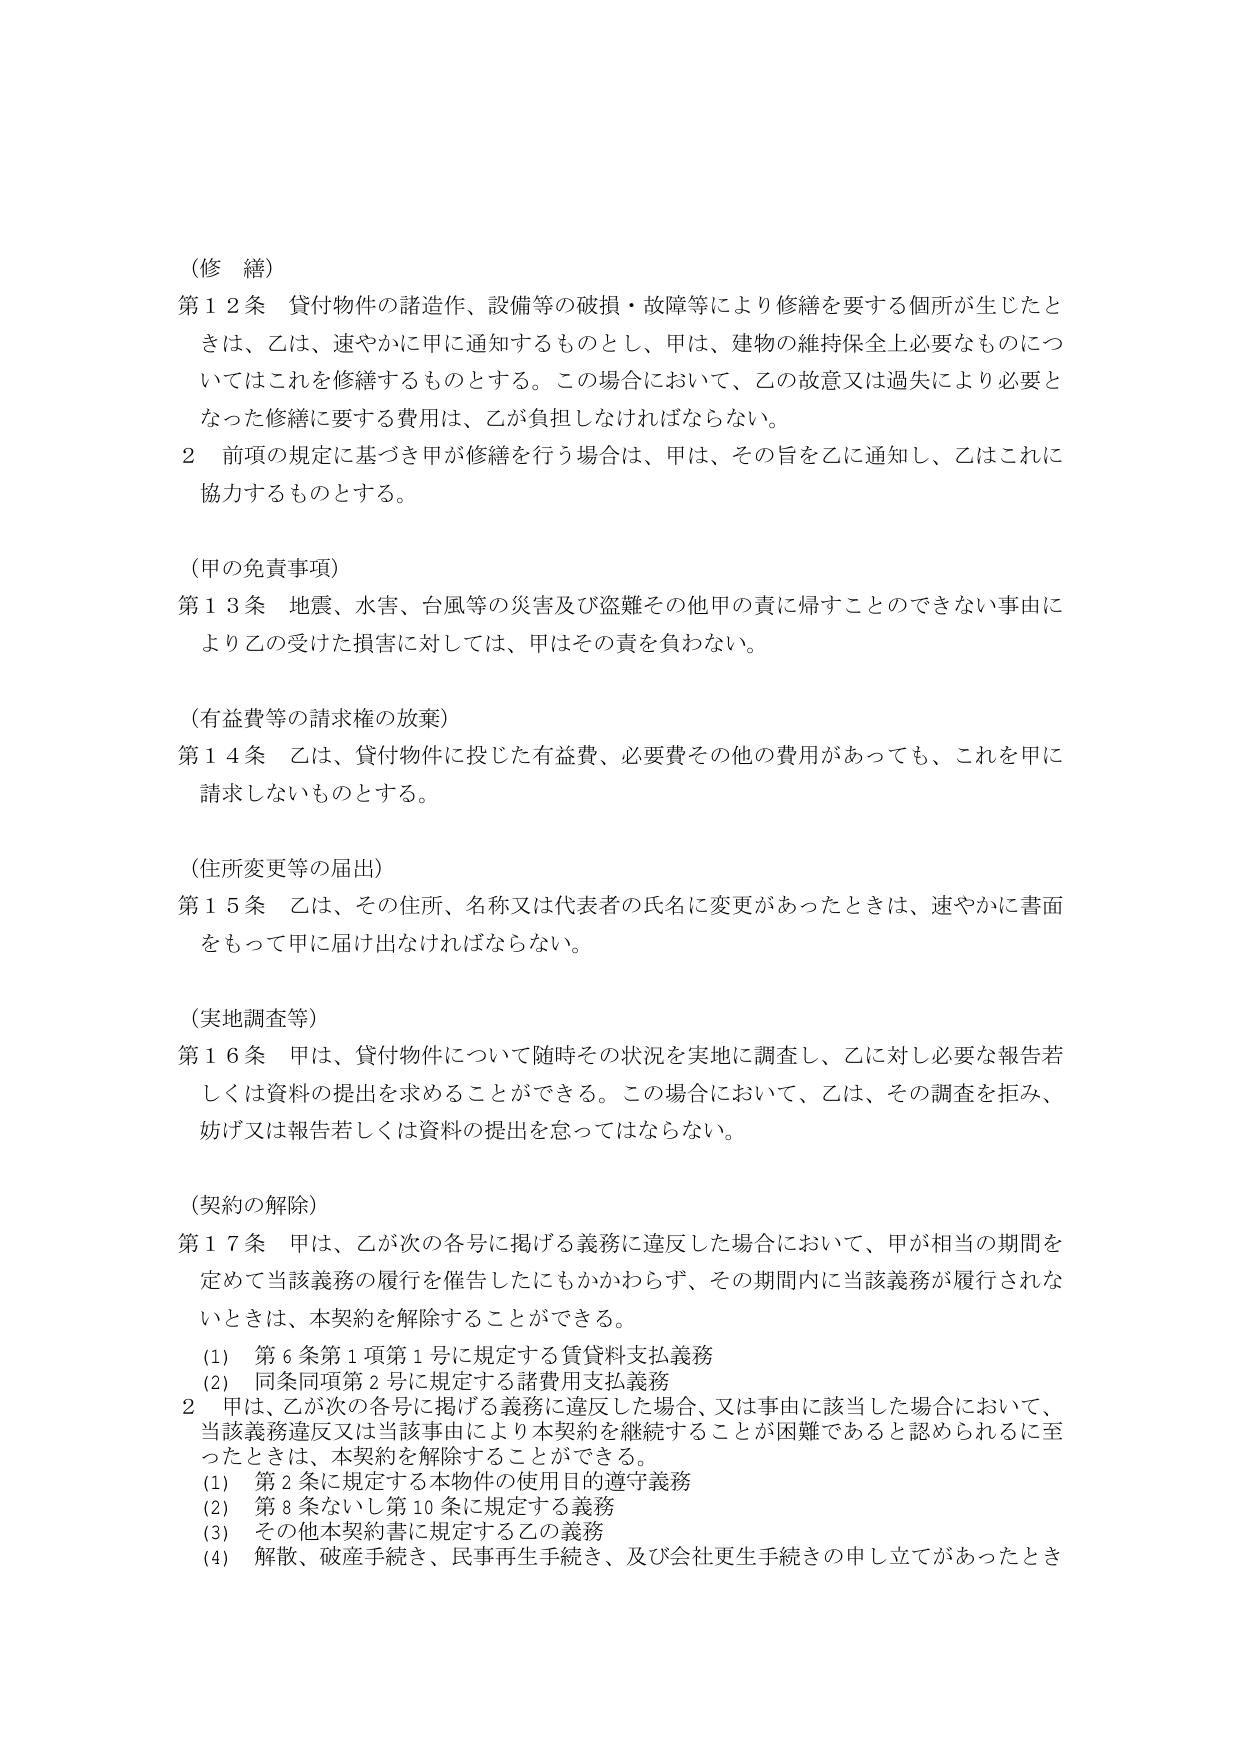
（修 繕）
第１２条 貸付物件の諸造作、設備等の破損・故障等により修繕を要する個所が生じたときは、乙は、速やかに甲に通知するものとし、甲は、建物の維持保全上必要なものについてはこれを修繕するものとする。この場合において、乙の故意又は過失により必要となった修繕に要する費用は、乙が負担しなければならない。
２ 前項の規定に基づき甲が修繕を行う場合は、甲は、その旨を乙に通知し、乙はこれに協力するものとする。

（甲の免責事項）
第１３条 地震、水害、台風等の災害及び盗難その他甲の責に帰すことのできない事由により乙の受けた損害に対しては、甲はその責を負わない。

（有益費等の請求権の放棄）
第１４条 乙は、貸付物件に投じた有益費、必要費その他の費用があっても、これを甲に請求しないものとする。

（住所変更等の届出）
第１５条 乙は、その住所、名称又は代表者の氏名に変更があったときは、速やかに書面をもって甲に届け出なければならない。

（実地調査等）
第１６条 甲は、貸付物件について随時その状況を実地に調査し、乙に対し必要な報告若しくは資料の提出を求めることができる。この場合において、乙は、その調査を拒み、妨げ又は報告若しくは資料の提出を怠ってはならない。

（契約の解除）
第１７条 甲は、乙が次の各号に掲げる義務に違反した場合において、甲が相当の期間を定めて当該義務の履行を催告したにもかかわらず、その期間内に当該義務が履行されないときは、本契約を解除することができる。
（1） 第６条第１項第１号に規定する賃貸料支払義務
（2） 同条同項第２号に規定する諸費用支払義務
２ 甲は、乙が次の各号に掲げる義務に違反した場合、又は事由に該当した場合において、当該義務違反又は当該事由により本契約を継続することが困難であると認められるに至ったときは、本契約を解除することができる。
（1） 第２条に規定する本物件の使用目的遵守義務
（2） 第８条ないし第10条に規定する義務
（3） その他本契約書に規定する乙の義務
（4） 解散、破産手続き、民事再生手続き、及び会社更生手続きの申し立てがあったとき